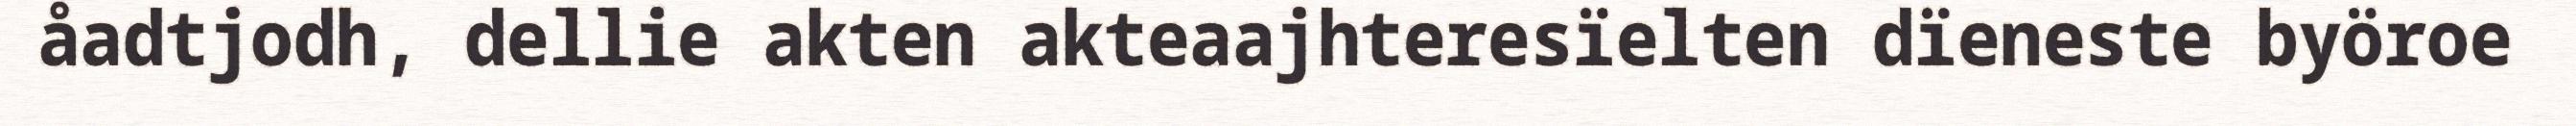
åadtjodh, dellie akten akteaajhteresïelten dïeneste byöroe